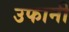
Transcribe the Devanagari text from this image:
उफानी